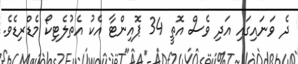
ދެ ވަނައިގައި އަދި ވެސް އޮތީ 34 ޕޮއިންޓާ އެކު އެތުލެޓިކޯ މެޑްރިޑެވެ.